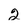
Character: 2